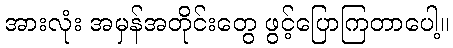
အားလုံး အမှန်အတိုင်းတွေ ဖွင့်ပြောကြတာပေါ့။